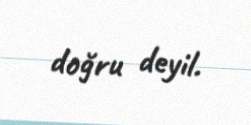
doğru deyil.